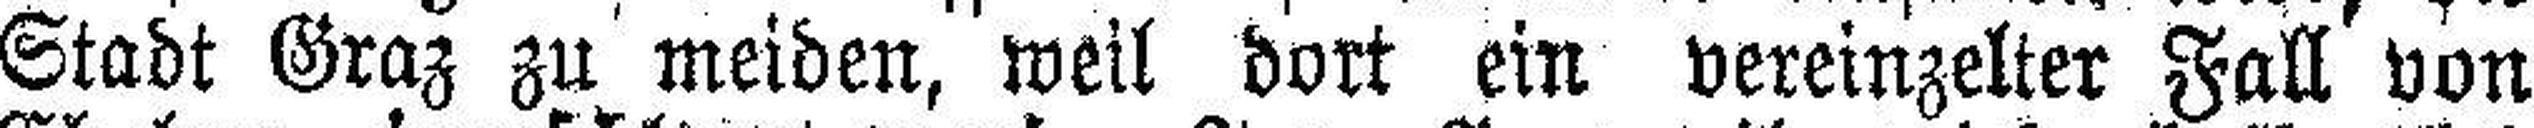
Stadt Graz zu meiden, weil dort ein vereinzelter Fall von